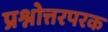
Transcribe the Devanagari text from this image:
प्रश्नोत्तरपरक